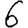
Digit: 6